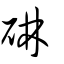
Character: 碄